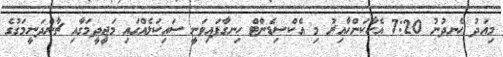
މިއަދު ހެނދުނު 7:20 އެހާކަންހާއިރު މި އެކްސިޑެންޓް ހިނގާފައިވަނީ ސައިކަލެއްގައި މަޖީދީމަގާއި ޗާންދަނީމަގުގެ